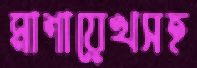
মাশায়েখসহ